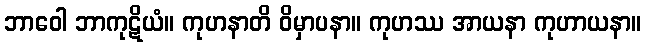
ဘာဝေါ ဘာကုဋိယံ။ ကုဟနာတိ ဝိမှာပနာ။ ကုဟဿ အာယနာ ကုဟာယနာ။